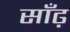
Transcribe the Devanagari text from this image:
साँढ़